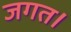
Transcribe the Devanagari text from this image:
जगत।